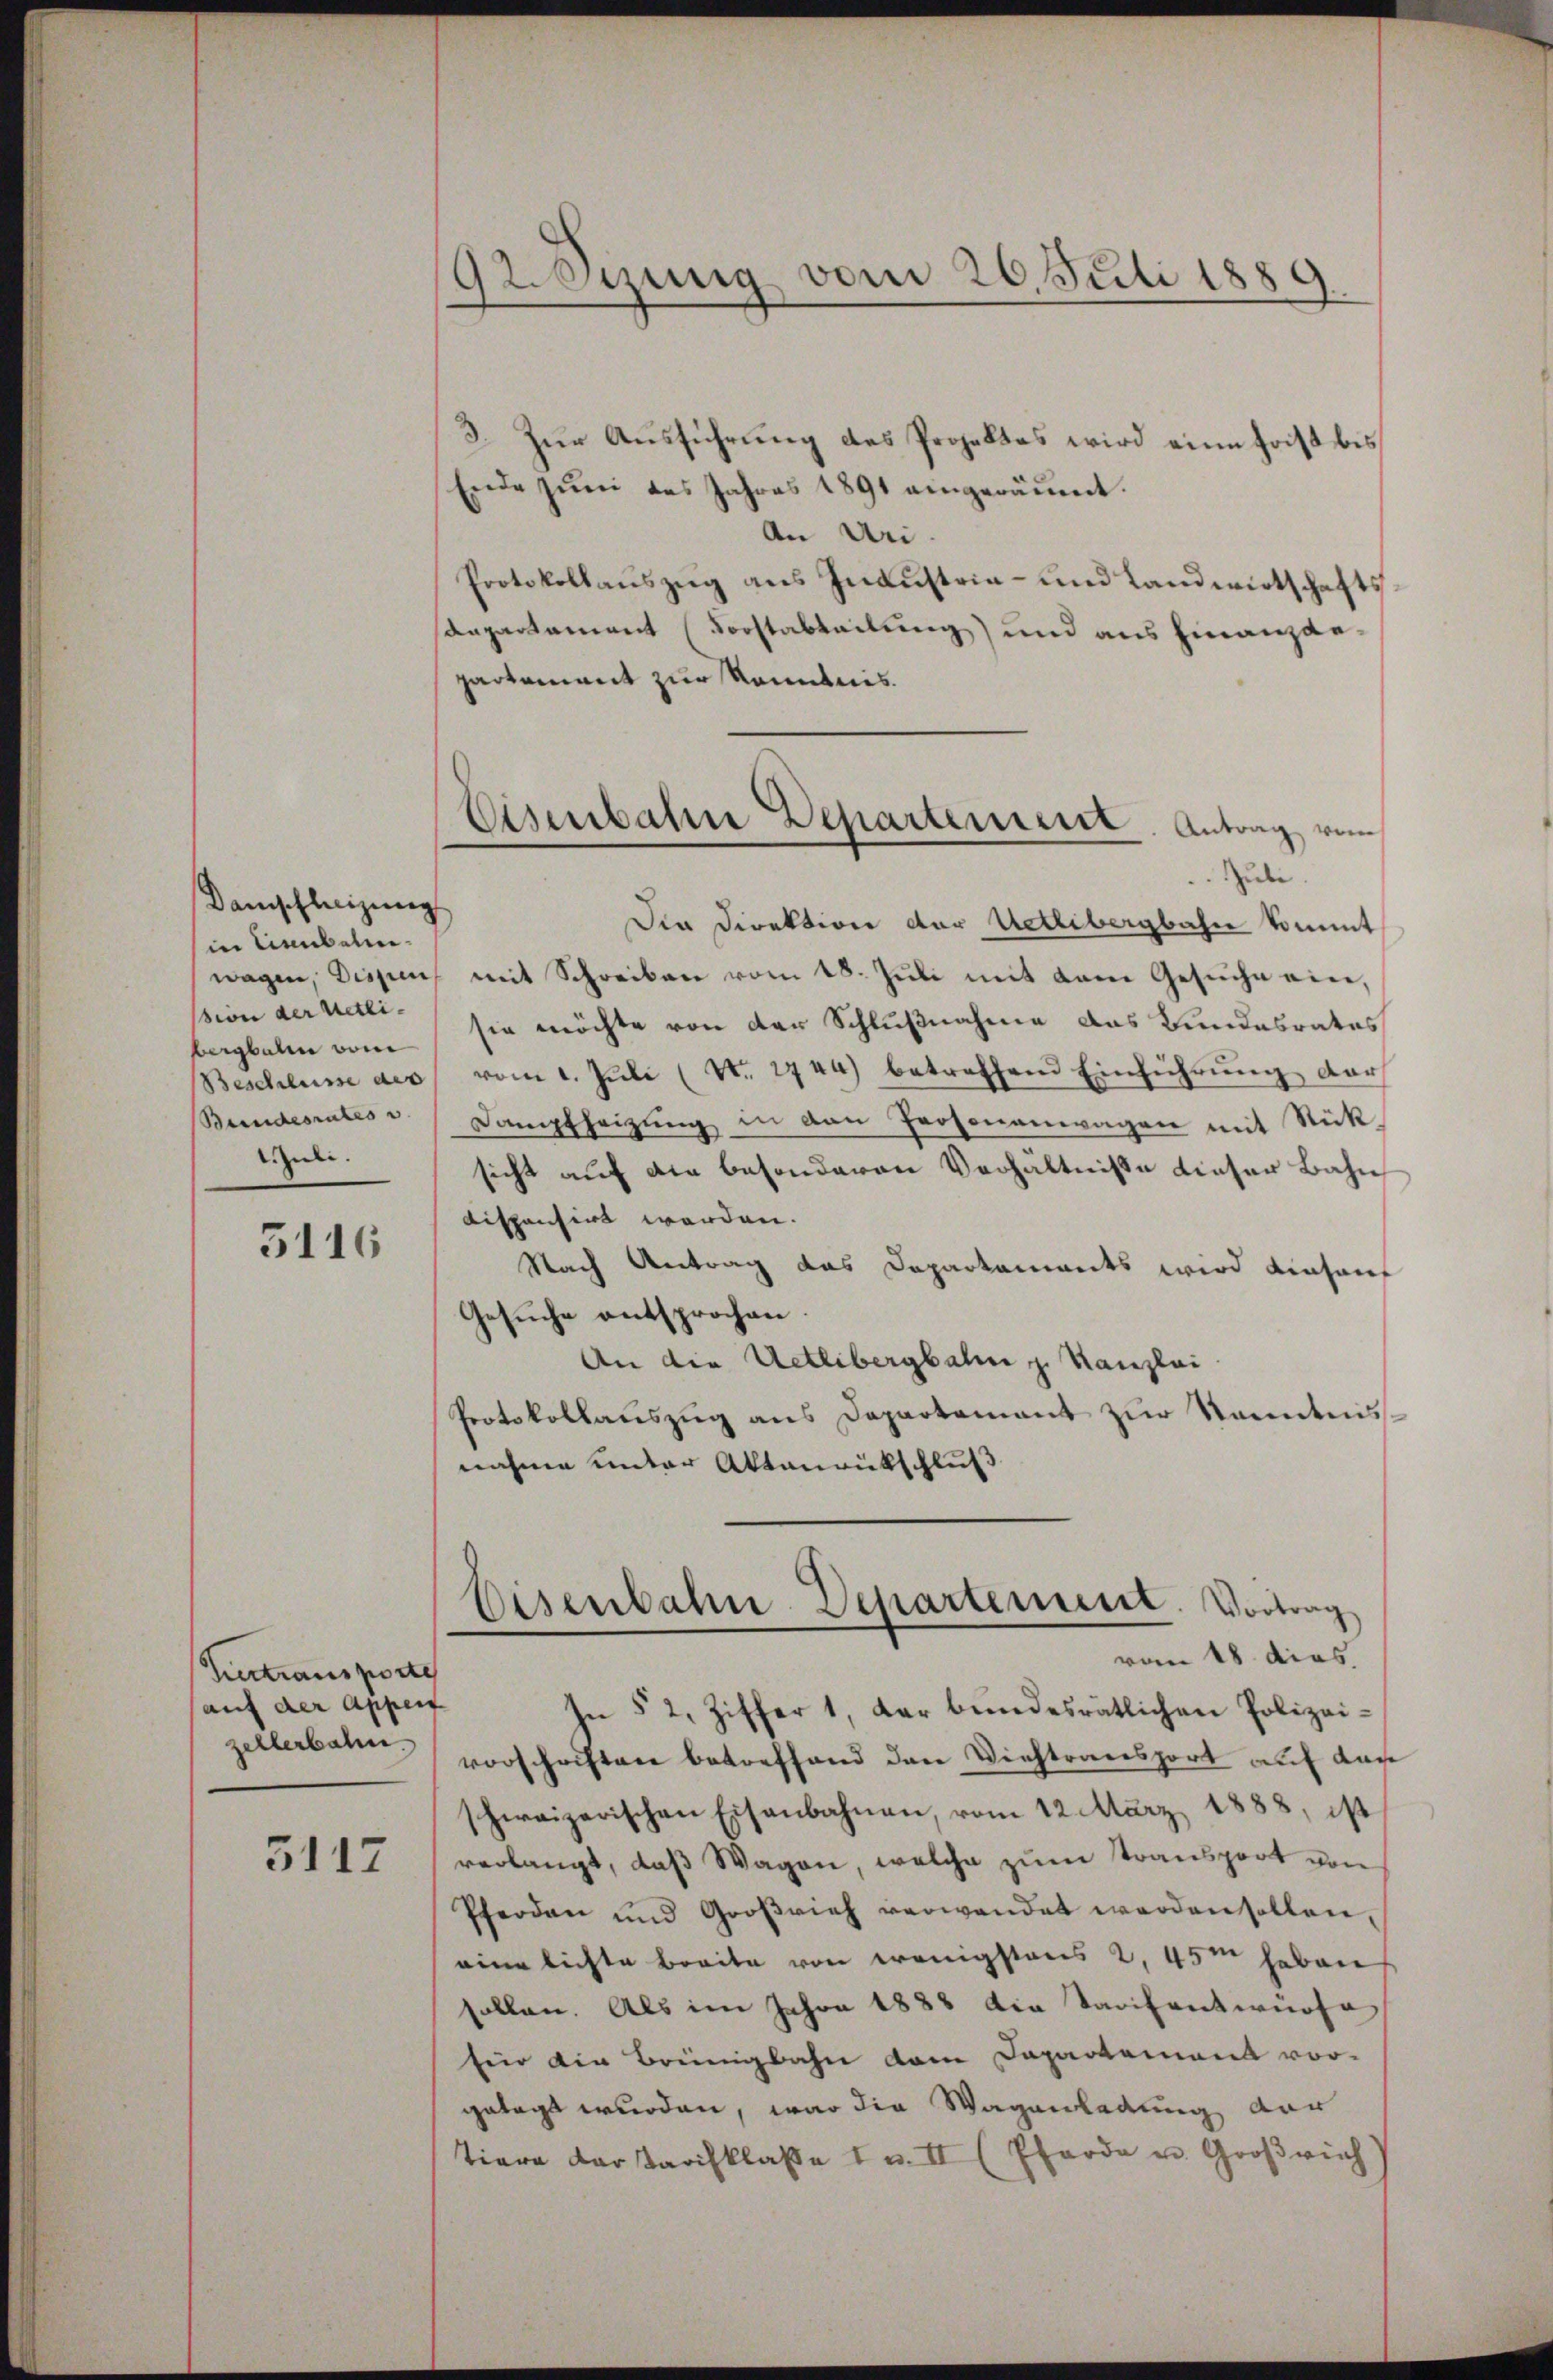
Damschleizung
in Leubeln.
ssion der netti-
bergbaum vom
Suli.

5116

Vertraus porte
(auf der Appenz
zellerbalni

5117

92.Sizung vom 26. Juli 1889

3. Zur Ausführung des Projektes wird eine Frist bis
Ende zŭm das Jahres 1891 eingeräumt.
An Uri
Protokollauszug aus Industria- und Landwirtschaftssaepartament (Forstabteilung) und aus hinanzanpartement zur Kenntnis.
Die Direktion der Uetlibergbahne kommt
wagen, Dissen mit Schreiben vom 18. Jŭli mit dem Gesŭche eine,
sie möchte von der Schlußnahme das Bundesrates
Beschlusse des vom 1. Jŭli (N. 2744) betreffend Einführŭng der
Bundesrates u. Dampfheizŭng in den Personenwagen mit Rücksicht auf die besonderen Verhältniße dieser Bahn
dispentirt werden.
Nach Antrag das Departements wird einsauf
Gesuche entsprochen
An die Uetlibergbahn z. Kanzlei
Protokollauszug aus Departamant zur Kenntnisnahme unter Aktenrütschluß

Eisenbahre Departement. Antrag vom
Zuli.

Eisenbahn-Departement. Vortrag
vom 18. dies
In § 2, Ziffer 1, der bundesrätlichen Polizei¬

vorschriften betreffend den Viehtransport auf das
schweizerischen Eisenbahnen, vom 12. März 1888, ist
verlangt, daß Wagen, welche zum Transport von
Pferden und Großvieh verwendet werden sollen,
einlichte Breite von wenigstens 2, 45m haben
sollen. Als im Jahre 1888 die Tarifentwürfe
für die Brenngbahn dem Dapartement vor-
getagt wurden, war die Wagenladung der
tiere der Tarifklasse I u. II (Pferde u. Großrich